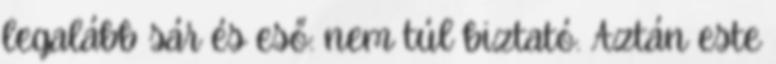
legalább sár és eső: nem túl biztató. Aztán este